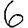
Digit: 6